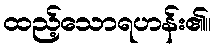
ထည့်သောရဟန်း၏။